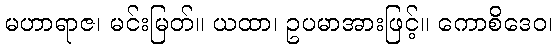
မဟာရာဇ၊ မင်းမြတ်။ ယထာ၊ ဥပမာအားဖြင့်။ ကောစိဒေဝ၊